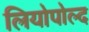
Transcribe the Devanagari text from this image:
लियोपोल्द